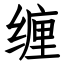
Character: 缠